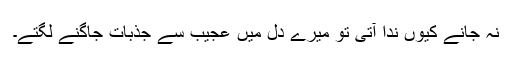
نہ جانے کیوں ندا آتی تو میرے دل میں عجیب سے جذبات جاگنے لگتے۔